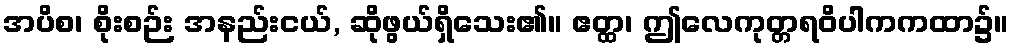
အပိစ၊ စိုးစဉ်း အနည်းငယ်, ဆိုဖွယ်ရှိသေး၏။ ဧတ္ထ၊ ဤလေကုတ္တရဝိပါကကထာ၌။